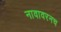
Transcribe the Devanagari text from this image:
नावावरनच